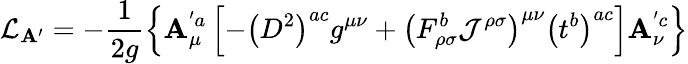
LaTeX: {\cal{L}}_{\mathbf{A}^{\prime}}=-\frac{{1}}{{2g}}\left\{ \mathbf{A}_{\mu}^{'a}\left[-\left(D^{2}\right)^{ac}g^{\mu\nu}+\left(F_{\rho\sigma}^{b}{\cal{J}}^{\rho\sigma}\right)^{\mu\nu}\left(t^{b}\right)^{ac}\right]\mathbf{A}_{\nu}^{'c}\right\}